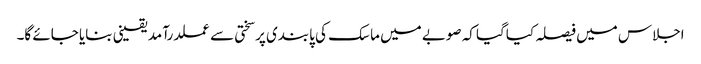
اجلاس میں فیصلہ کیاگیا کہ صوبے میں ماسک کی پابندی پرسختی سے عملدرآمد یقینی بنایا جائے گا۔